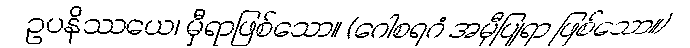
ဥပနိဿယေ၊ မှီရာဖြစ်သော။ (ဂေါစရဂံ အမှီပြုရာ ဖြစ်သော။)